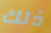
ذلك